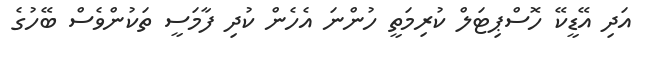
އަދި އޭޑީކޭ ހޮސްޕިޓަލް ކުރިމަތީ ހުންނަ އެހެން ކުދި ފާމަސީ ތަކުންވެސް ބޭހުގެ